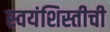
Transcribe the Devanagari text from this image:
स्वयंशिस्तीची